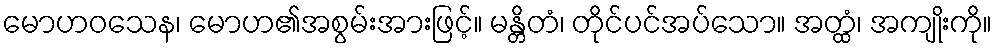
မောဟဝသေန၊ မောဟ၏အစွမ်းအားဖြင့်။ မန္တိတံ၊ တိုင်ပင်အပ်သော။ အတ္ထံ၊ အကျိုးကို။